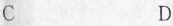
C D